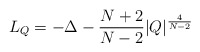
\begin{align*}L_Q = -\Delta - \frac{N+2}{N-2} |Q|^{\frac{4}{N-2}}\end{align*}